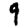
Digit: 9